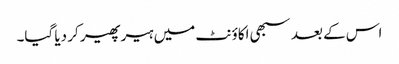
اس کے بعد سبھی اکاؤنٹ میں ہیر پھیر کر دیا گیا۔